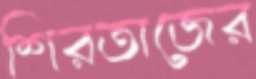
শিরতাজের